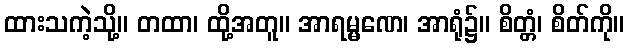
ထားသကဲ့သို့။ တထာ၊ ထို့အတူ။ အာရမ္မဏေ၊ အာရုံ၌။ စိတ္တံ၊ စိတ်ကို။